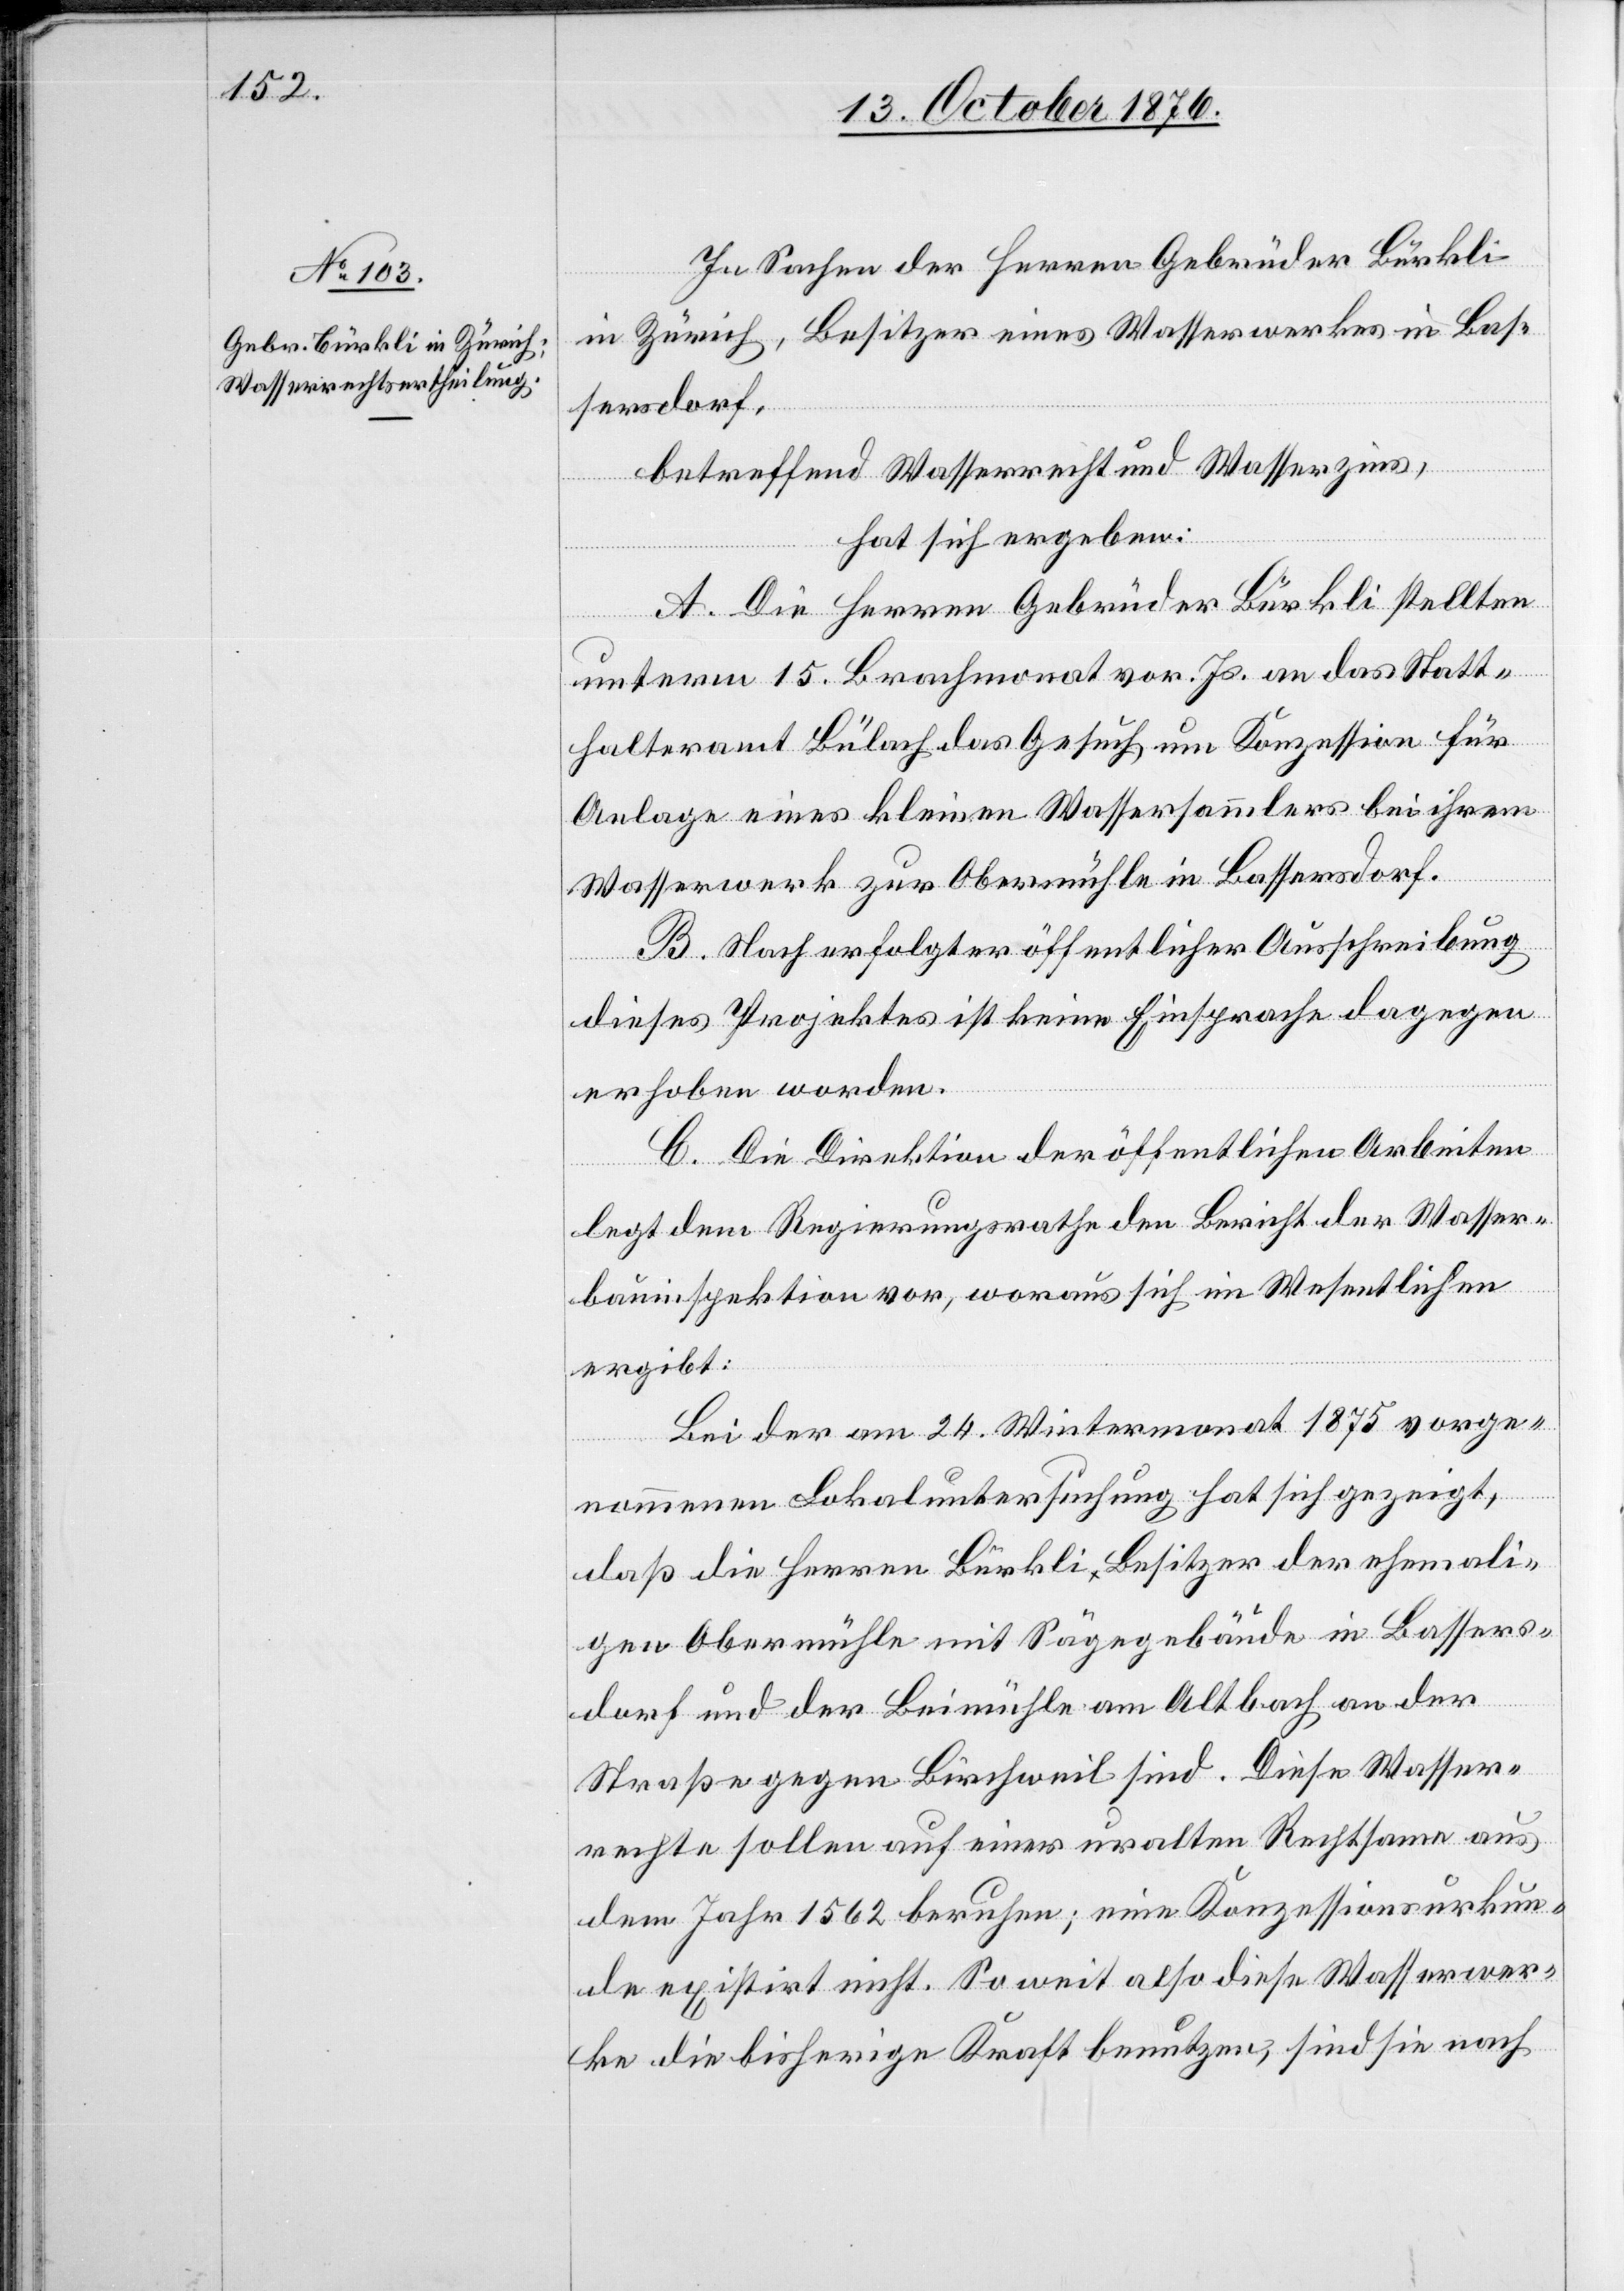
In Sachen der Herren Gebrüder Bürkli
in Zürich, Besitzer eines Wasserwerkes in Bas¬
sersdorf,
betreffend Wasserrecht und Wasserzins,
hat sich ergeben:
A. Die Herren Gebrüder Bürkli stellten
unterm 15. Brachmonat vor. Js. an das Statt¬
halteramt Bülach das Gesuch um Konzession für
Anlage eines kleinen Wassersammlers bei ihrem
Wasserwerk zur Obermühle in Bassersdorf.
B. Nach erfolgter öffentlicher Ausschreibung
dieses Projektes ist keine Einsprache dagegen
erhoben worden.
C. Die Direktion der öffentlichen Arbeiten
legt dem Regierungsrathe den Bericht der Wasser¬
bauinspektion vor, woraus sich im Wesentlichen
ergibt:
Bei der am 24. Wintermonat 1875 vorge¬
nommenen Lokaluntersuchung hat sich gezeigt,
daß die Herren Bürkli Besitzer der ehemali¬
gen Obermühle mit Sägegebäude in Bassers¬
dorf und der Beimühle am Altbach an der
Straße gegen Birschweil sind. Diese Wasser¬
rechte sollen auf einer uralten Rechtsame aus
dem Jahr 1562 beruhen; eine Konzessionsurkun¬
de existirt nicht. So weit also diese Wasserwer¬
ke die bisherige Kraft benutzen, sind sie nach